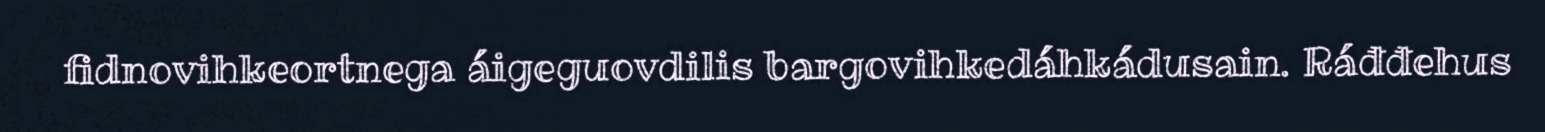
fidnovihkeortnega áigeguovdilis bargovihkedáhkádusain. Ráđđehus